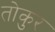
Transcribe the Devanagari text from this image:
तोकुर